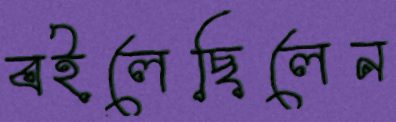
বইলেছিলেন